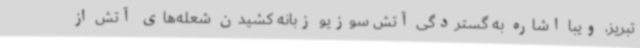
تبریز، ویبا اشاره به گستردگی آتش سوزیو زبانه کشیدن شعله‌های آتش از